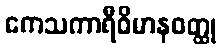
ကေသကာရီဝိမာနဝတ္ထု